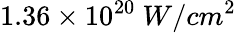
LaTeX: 1.36\times 10^{20}~W/cm^{2}